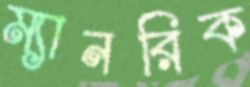
ম্যানরিক